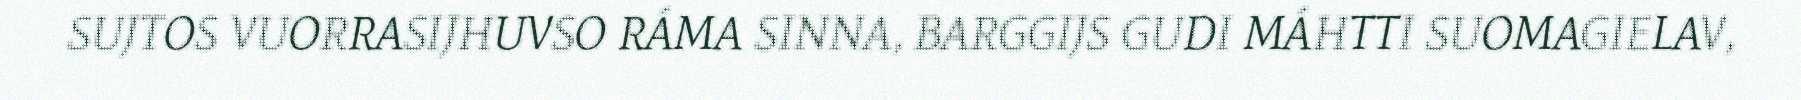
SUJTOS VUORRASIJHUVSO RÁMA SINNA, BARGGIJS GUDI MÁHTTI SUOMAGIELAV,